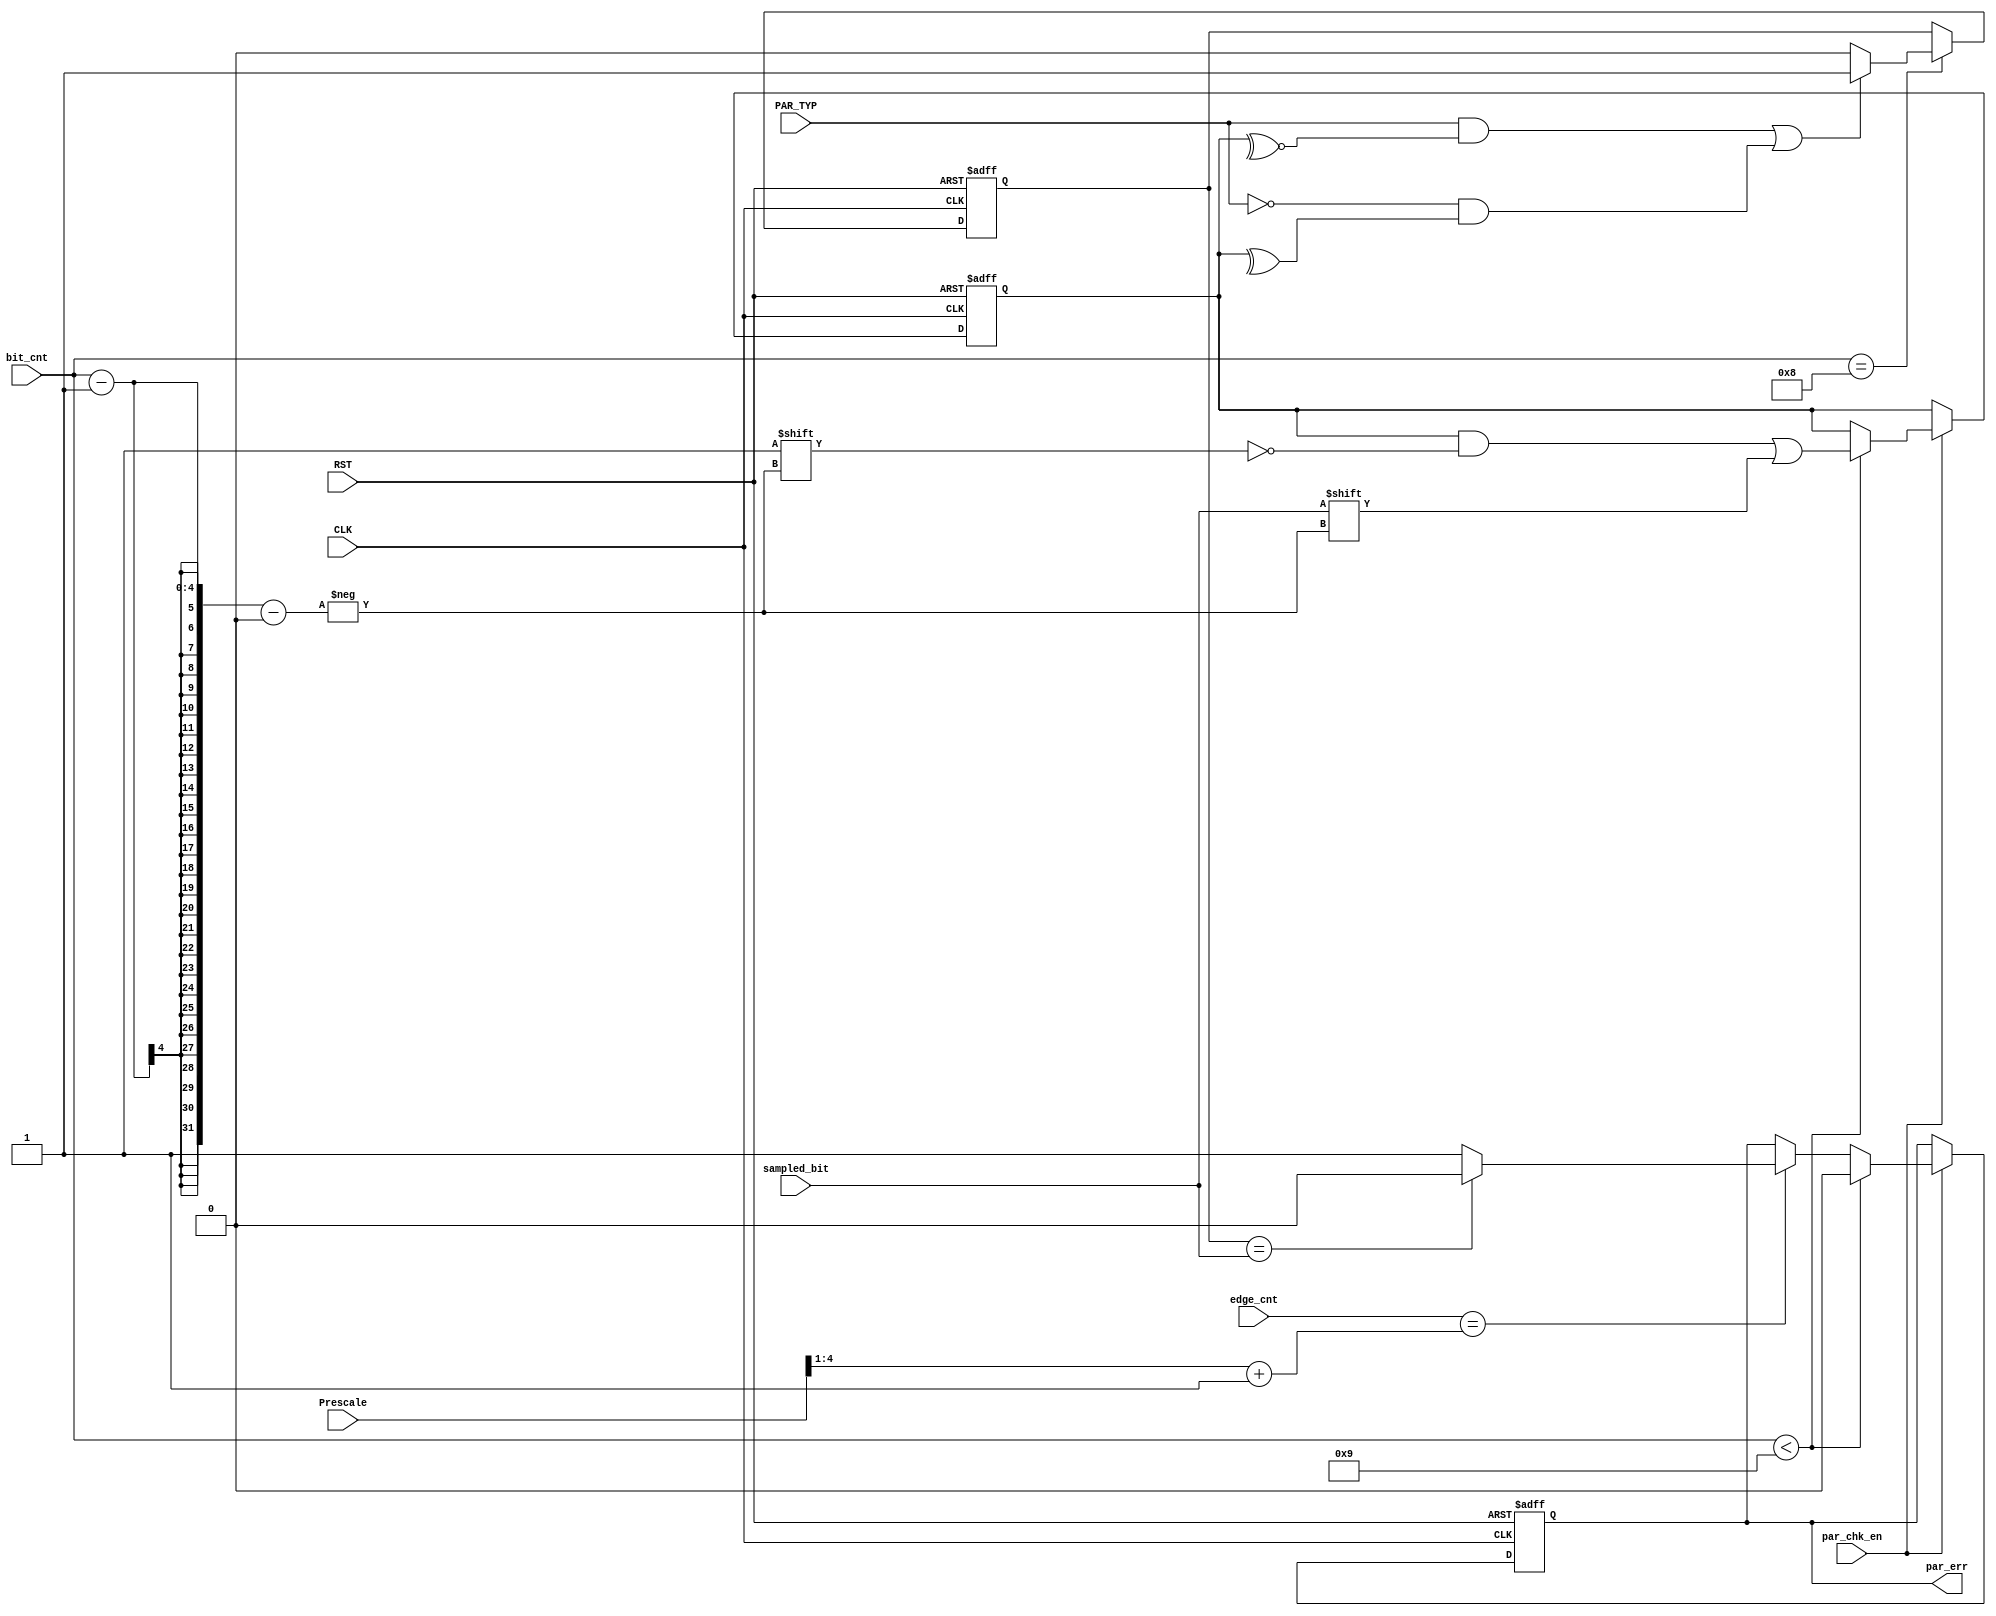
module UART_Rx_parity_check
(
	input   wire  	   PAR_TYP     ,
	input   wire       par_chk_en  ,
	input   wire       sampled_bit ,
	input   wire [3:0] bit_cnt     ,
	input   wire [4:0] edge_cnt    ,
	input   wire [4:0] Prescale    ,
	input   wire       CLK         ,
	input   wire   	   RST         ,

	output  reg        par_err
);

reg [7:0] data ;
reg       par_bit ;

always @(posedge CLK or negedge RST) begin
	if (!RST) begin
		data    <= 8'd0 ;
		par_err <= 1'd0 ;
	end
	else if (par_chk_en) begin
		if (bit_cnt < 5'd9) begin
		    data[bit_cnt-1] <= sampled_bit ;
		    par_err <= 1'd0 ;
		end
		else if (edge_cnt == (Prescale>>1) + 1) begin
	        data <= data ;
			if (par_bit == sampled_bit) begin
				par_err <= 1'd0 ;
			end
			else begin
				par_err <= 1'd1 ;
			end
		end	
		else begin
		        data    <= data    ;
				par_err <= par_err ;
			end	
	end
	else begin
		data    <= data    ;
		par_err <= par_err ;
	end
end

always @(posedge CLK or negedge RST) begin
    if (!RST) begin
    	par_bit <= 1'd0 ;
    end
	else if (bit_cnt == 4'd8) begin
		if ((PAR_TYP && ~^data) || (~PAR_TYP && ^data)) begin
			par_bit <= 1'd1 ;
		end
		else begin
			par_bit <= 1'd0 ;
		end
	end
	else begin
		par_bit <= par_bit ;
	end
end

endmodule